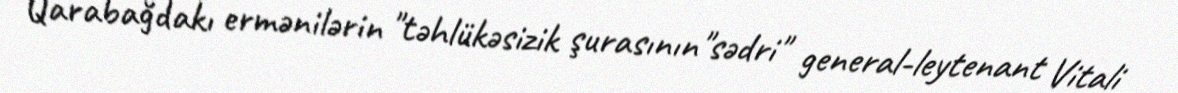
Qarabağdakı ermənilərin "təhlükəsizik şurasının"sədri" general-leytenant Vitali